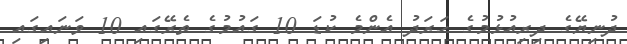
ދުނިޔޭގެ ދިރިއުޅުމުގެ ހަރަދު އެންމެ ކުޑަ 10 ގައުމުގެ ތެރޭގައި 10 ވަނައިގައި